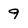
Character: 9